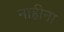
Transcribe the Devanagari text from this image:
नाहीना